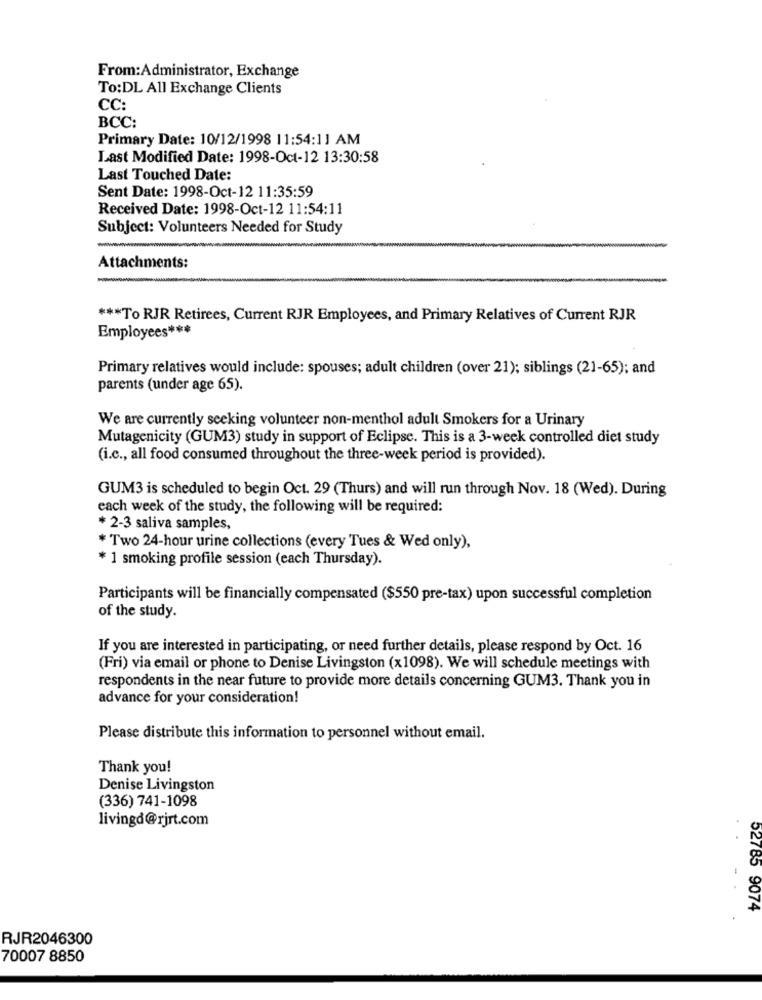
From:Administrator, Exchange
To:DL All Exchange Clients
CC:
BCC:
Primary Date: 10/12/1998 11:54:11 AM
Last Modified Date: 1998-Oct-12 13:30:58
Last Touched Date:
Sent Date: 1998-Oct-12 11:35:59
Received Date: 1998-Oct-12 11:54:11
Subject: Volunteers Needed for Study
-
Attachments:
*** To RJR Retirees, Current RJR Employees, and Primary Relatives of Current RJR
Employees ***
Primary relatives would include: spouses; adult children (over 21); siblings (21-65); and
parents (under age 65).
We are currently seeking volunteer non-menthol adult Smokers for a Urinary
Mutagenicity (GUM3) study in support of Eclipse. This is a 3-week controlled diet study
(i.c ., all food consumed throughout the three-week period is provided).
GUM3 is scheduled to begin Oct. 29 (Thurs) and will run through Nov. 18 (Wed). During
each week of the study, the following will be required:
* 2-3 saliva samples,
* Two 24-hour urine collections (every Tues & Wed only),
* 1 smoking profile session (each Thursday).
Participants will be financially compensated ($550 pre-tax) upon successful completion
of the study.
If you are interested in participating, or need further details, please respond by Oct. 16
(Fri) via email or phone to Denise Livingston (x1098). We will schedule meetings with
respondents in the near future to provide more details concerning GUM3. Thank you in
advance for your consideration!
Please distribute this information to personnel without email.
Thank you!
Denise Livingston
(336) 741-1098
livingd@rjrt.com
..
52785 9074
RJR2046300
70007 8850